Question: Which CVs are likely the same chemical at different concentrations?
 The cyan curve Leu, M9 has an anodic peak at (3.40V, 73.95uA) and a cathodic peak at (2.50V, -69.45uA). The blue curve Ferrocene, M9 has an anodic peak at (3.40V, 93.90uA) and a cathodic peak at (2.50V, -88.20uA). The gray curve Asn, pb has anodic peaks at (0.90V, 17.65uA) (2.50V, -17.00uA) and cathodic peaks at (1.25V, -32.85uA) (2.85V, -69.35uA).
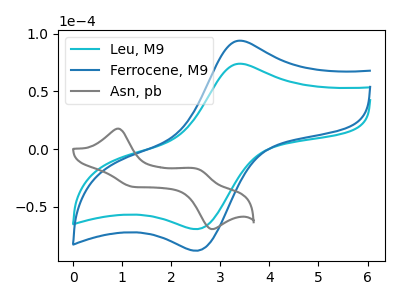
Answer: <think>All the peaks in "Leu, M9" have a peak in "Ferrocene, M9" at the same potential. Every peak in "Leu, M9" is lower than every peak in "Ferrocene, M9". "Leu, M9" and "Asn, pb" have a different number of peaks. "Ferrocene, M9" and "Asn, pb" have a different number of peaks.
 </think>
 <answer>"Leu, M9" and "Ferrocene, M9" have the same shape and are likely CV's of the same chemical.</answer>
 <eval>"Leu, M9" "Ferrocene, M9"</eval>